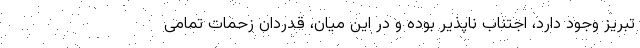
تبریز وجود دارد، اجتناب ناپذیر بوده و در این میان، قدردان زحمات تمامی